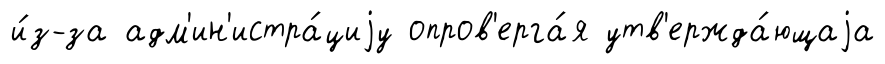
и́з-за адм'ин'истра́циjу опров'ерга́я утв'ержда́ющаjа